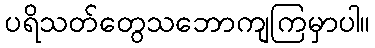
ပရိသတ်တွေသဘောကျကြမှာပါ။